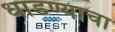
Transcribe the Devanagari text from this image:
धाडण्याचा